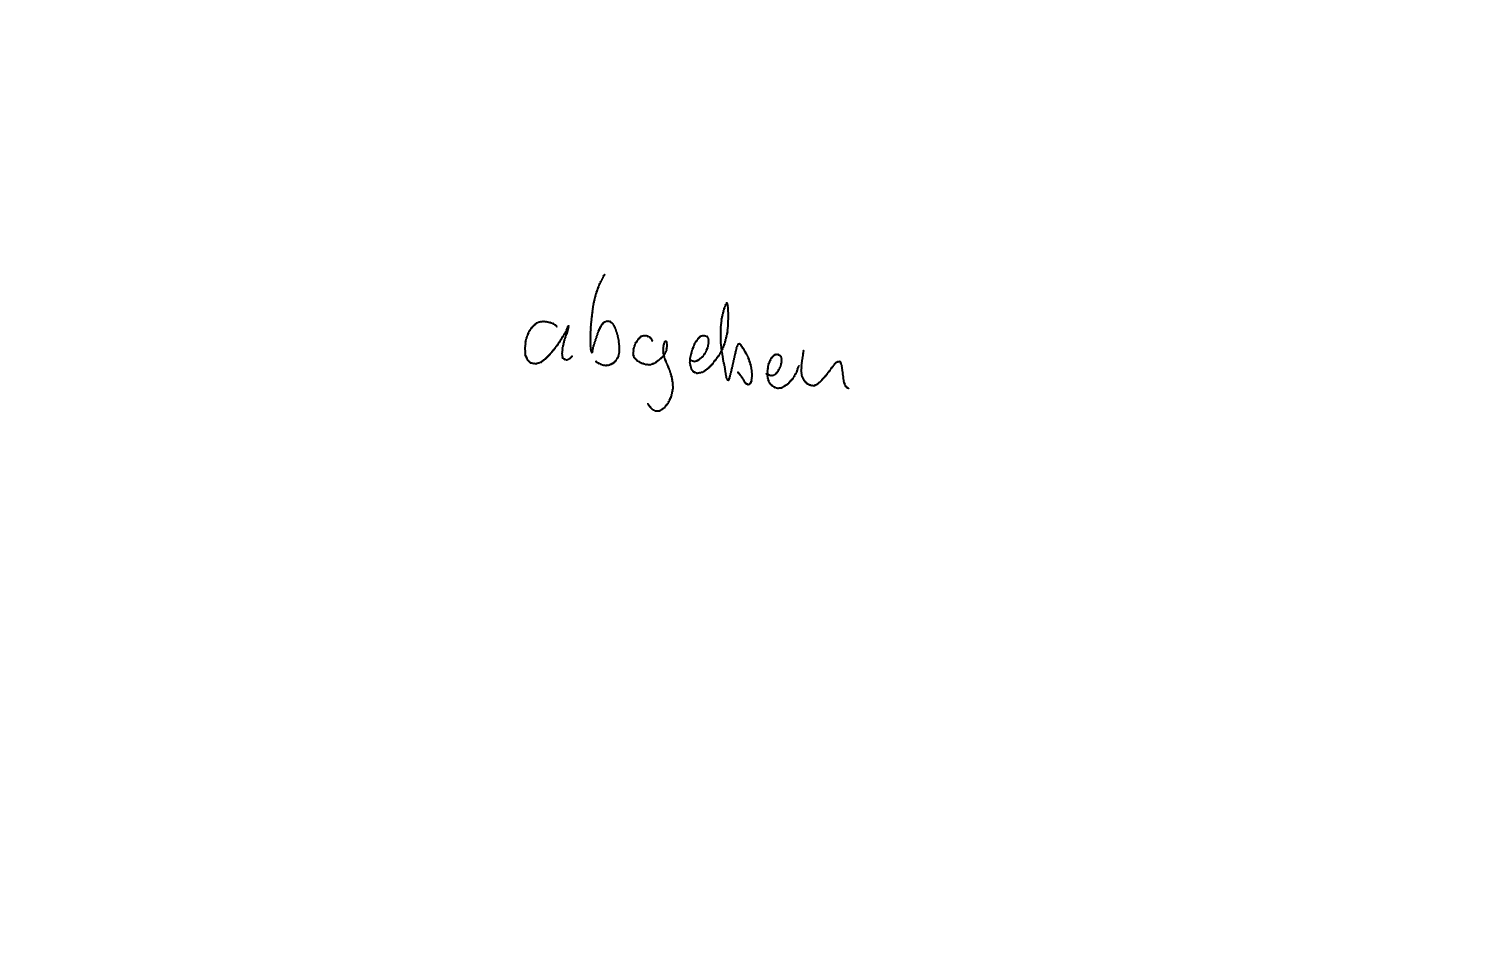
Text: abgegeben